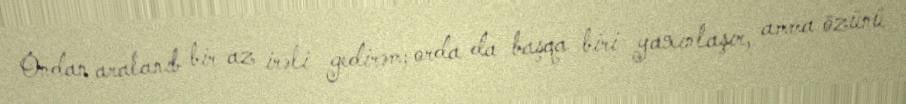
Ondan aralanıb bir az irəli gedirəm; orda da başqa biri yaxınlaşır, amma özünü